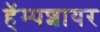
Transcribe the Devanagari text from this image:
हॅम्पशायर